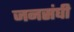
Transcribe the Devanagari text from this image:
जनसंघी